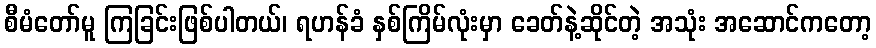
စီမံတော်မူ ကြခြင်းဖြစ်ပါတယ်၊ ရဟန်ခံ နှစ်ကြိမ်လုံးမှာ ခေတ်နဲ့ဆိုင်တဲ့ အသုံး အဆောင်ကတော့